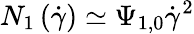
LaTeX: N_{1}\left(\dot{\gamma}\right)\simeq\Psi_{1,0}\dot{\gamma}^{2}